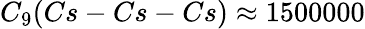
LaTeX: C_{9}(Cs-Cs-Cs)\approx 1500000